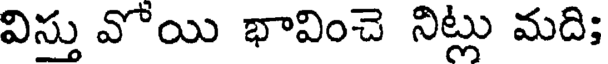
విస్తు వోయి భావించె నిట్లు మది;